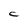
Character: C